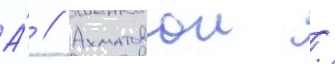
А́ // Ахматовои /